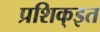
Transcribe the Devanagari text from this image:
प्रशिक्इत